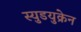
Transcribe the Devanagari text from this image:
स्युडयुक्रेन